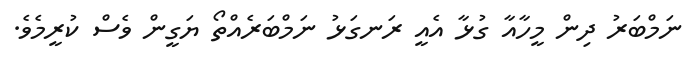
ނަމްބަރު ދިން މީހާއާ ގުޅާ އެއީ ރަނގަޅު ނަމްބަރެއްތޯ ޔަގީން ވެސް ކުރީމެވެ.